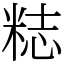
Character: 𥺃